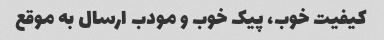
کیفیت خوب، پیک خوب و مودب ارسال به موقع